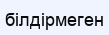
білдірмеген